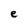
Character: e